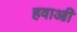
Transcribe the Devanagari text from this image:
हवाआी